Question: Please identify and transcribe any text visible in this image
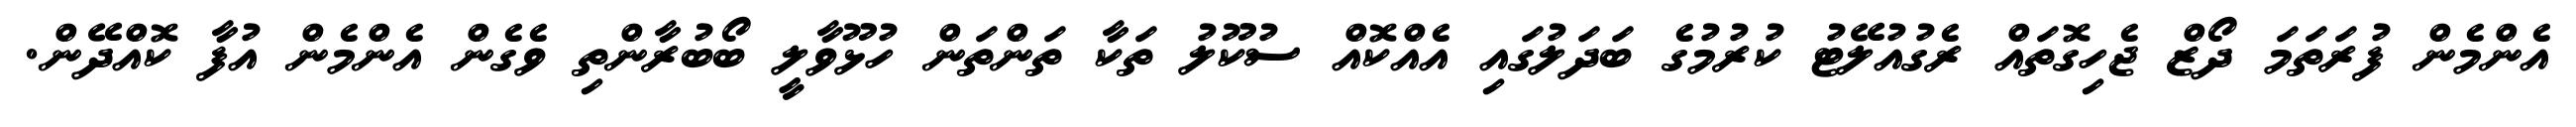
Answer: އެންމެން ފުރަތަމަ ދޯޒް ޖެހިގޮތައް ރެގުއުލޭޓު ކުރުމުގެ ބަދަލުގައި އެއްކޮއް ސުކޫލު ތަކާ ތަންތަން ހުޅޫވާލީ ބޯބުރާންތި ވެގެން އެންމެން އުފާ ކޮއްދޭން.